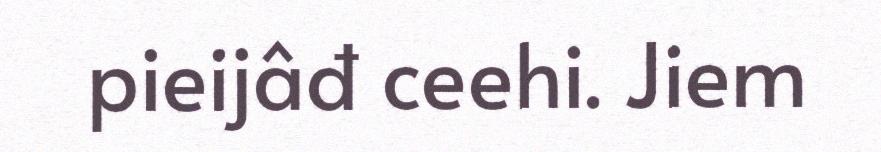
pieijâđ ceehi. Jiem